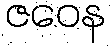
ဇဝေန